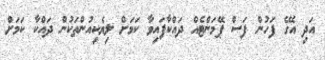
އަދި އޭގެ ފަހުން ފަސް ޕޭމަންޓެއް ދައްކާފައިވާ ކަމަށް ލިޔެކިއުންތަކުން ދައްކާ ކަމަށް